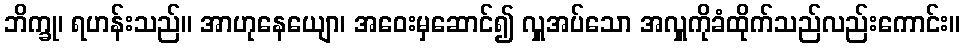
ဘိက္ခု၊ ရဟန်းသည်။ အာဟုနေယျော၊ အဝေးမှဆောင်၍ လှူအပ်သော အလှူကိုခံထိုက်သည်လည်းကောင်း။